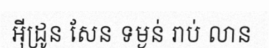
អ៊ីដ្រូន សែន ទម្ងន់ រាប់ លាន